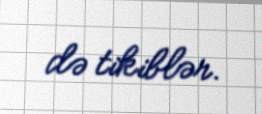
də tikiblər.